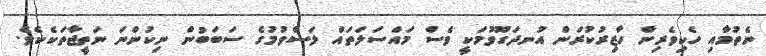
ނެތުމާއި ހެކިވެރިން ހާޒިރުކުރަން އުނދަގޫވުމަކީ ވެސް މައްސަލަތައް ލަސްވުމުގެ ސަބަބުން ނިކުންނަ ނަތީޖާތަކެކެވެ.